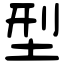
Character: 型